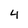
Character: 4